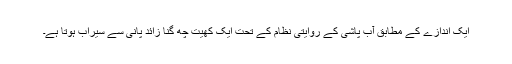
ایک اندازے کے مطابق آب پاشی کے روایتی نظام کے تحت ایک کھیت چھ گنا زائد پانی سے سیراب ہوتا ہے۔